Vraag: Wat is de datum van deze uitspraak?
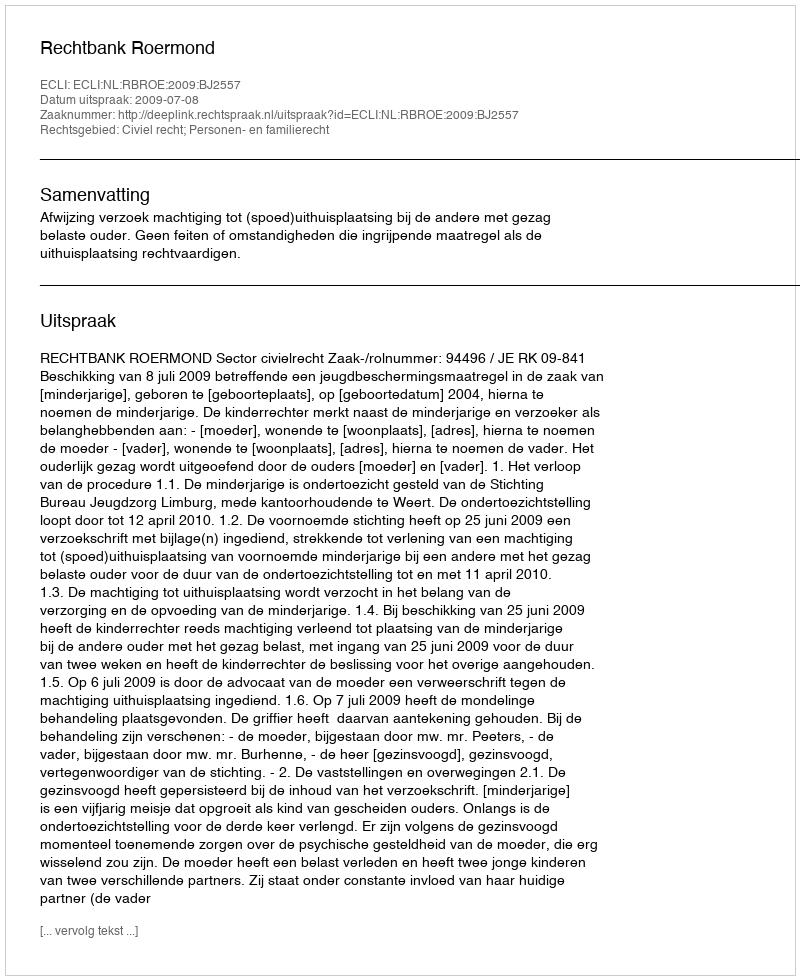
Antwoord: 2009-07-08